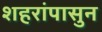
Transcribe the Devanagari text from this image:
शहरांपासुन